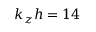
k _ { z } h = 1 4